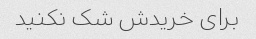
برای خریدش شک نکنید